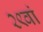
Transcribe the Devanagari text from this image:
२९वां